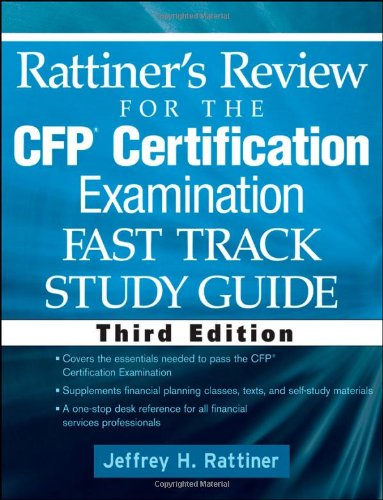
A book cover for Rattiner's Review for the CFP(R) Certification Examination, Fast Track, Study Guide; Jeffrey H. Rattiner; Test Preparation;